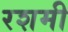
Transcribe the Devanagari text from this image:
रशमी